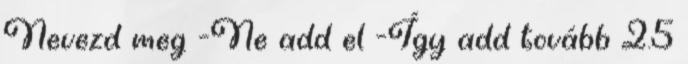
Nevezd meg -Ne add el -Így add tovább 2.5